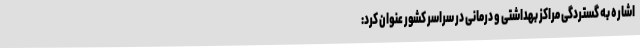
اشاره به گستردگی مراکز بهداشتی و درمانی در سراسر کشور عنوان کرد: